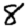
Digit: 8